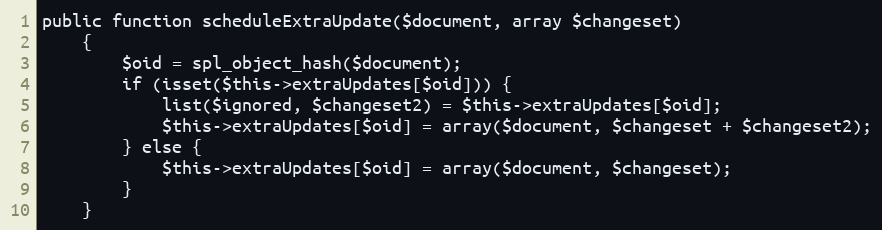
Language: PHP
public function scheduleExtraUpdate($document, array $changeset)
    {
        $oid = spl_object_hash($document);
        if (isset($this->extraUpdates[$oid])) {
            list($ignored, $changeset2) = $this->extraUpdates[$oid];
            $this->extraUpdates[$oid] = array($document, $changeset + $changeset2);
        } else {
            $this->extraUpdates[$oid] = array($document, $changeset);
        }
    }